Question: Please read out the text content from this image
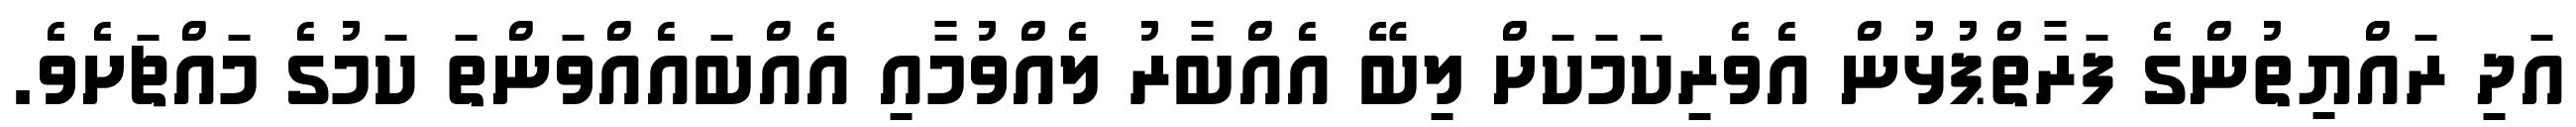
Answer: އަދި ރައްޔިތުންގެ ފަރާތްޕުޅުން އެވެރިކަމަކަށް ލިބޭ އެއްބާރު ލެއްވުމާއި އެއްބައެއްވަންތަ ކަމުގެ މައްޗަށެވެ.